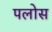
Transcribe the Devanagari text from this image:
पलोस